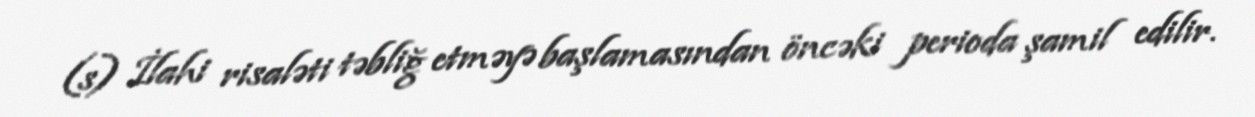
(s) İlahi risaləti təbliğ etməyə başlamasından öncəki perioda şamil edilir.